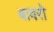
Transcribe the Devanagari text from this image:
बावरो